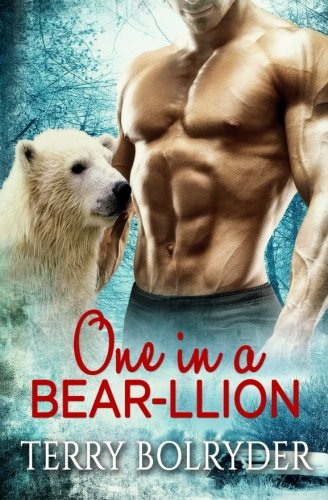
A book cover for One in a Bear-llion; Terry Bolryder; Romance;